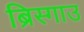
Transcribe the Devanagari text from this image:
ब्रिस्गाउ